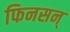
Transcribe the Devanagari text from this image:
फिनसन्‌